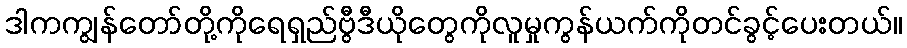
ဒါကကျွန်တော်တို့ကိုရေရှည်ဗွီဒီယိုတွေကိုလူမှုကွန်ယက်ကိုတင်ခွင့်ပေးတယ်။